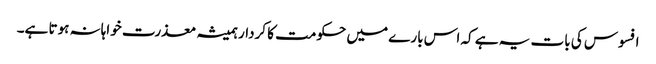
افسوس کی بات یہ ہے کہ اس بارے میں حکومت کا کردار ہمیشہ معذرت خواہانہ ہوتا ہے۔